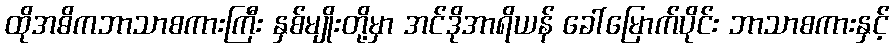
ထိုအဓိကဘာသာစကားကြီး နှစ်မျိုးတို့မှာ အင်ဒိုအာရိယန် ခေါ်မြောက်ပိုင်း ဘာသာစကားနှင့်